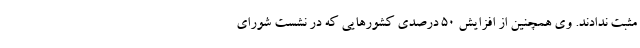
مثبت ندادند. وی همچنین از افزایش 50 درصدی کشورهایی که در نشست شورای